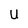
Character: U